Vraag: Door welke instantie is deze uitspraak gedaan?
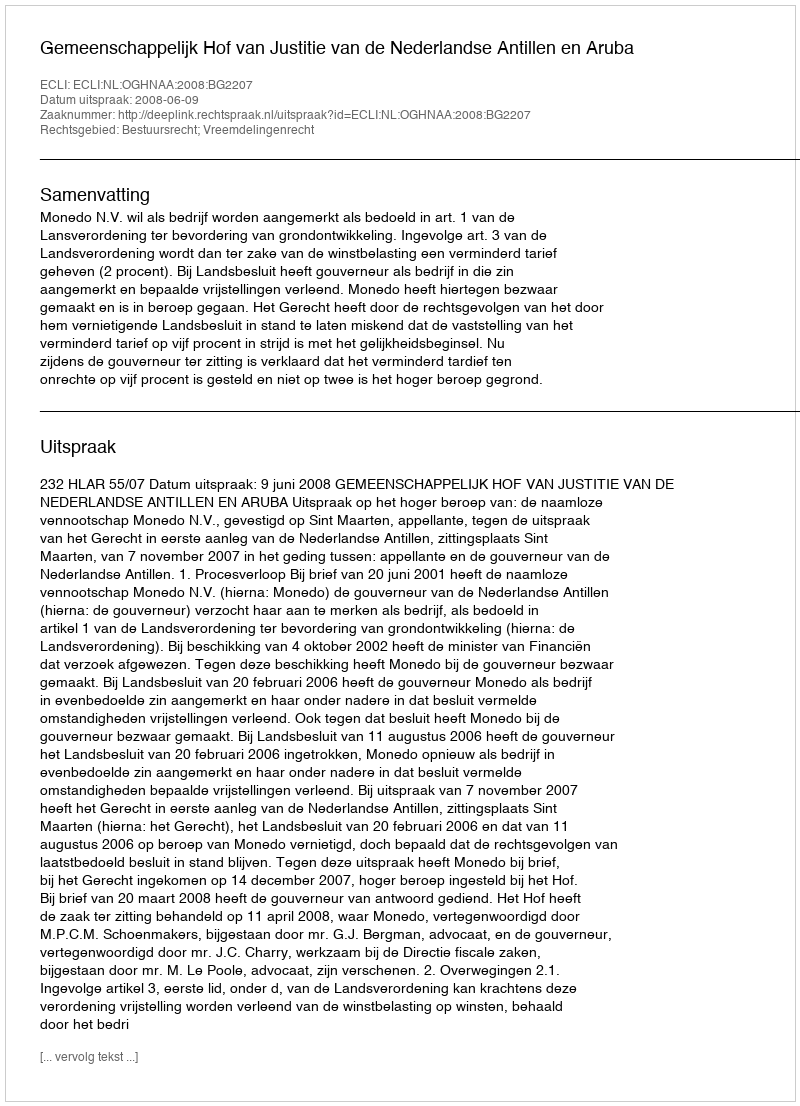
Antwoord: Gemeenschappelijk Hof van Justitie van de Nederlandse Antillen en Aruba